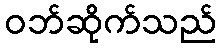
ဝဘ်ဆိုက်သည်